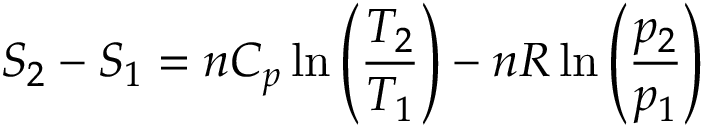
S _ { 2 } - S _ { 1 } = n C _ { p } \ln \left( { \frac { T _ { 2 } } { T _ { 1 } } } \right) - n R \ln \left( { \frac { p _ { 2 } } { p _ { 1 } } } \right)